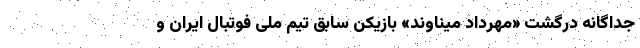
جداگانه درگشت «مهرداد میناوند» بازیکن سابق تیم ملی فوتبال ایران و